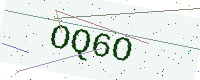
Text: OQ6O